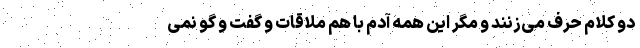
دو کلام حرف می‌زنند و مگر این همه آدم با هم ملاقات و گفت و گو نمی